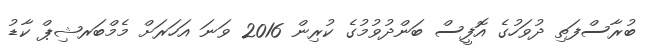
ބުރާސްފަތި ދުވަހުގެ އޮފީސް ބަންދުވުމުގެ ކުރިން 2016 ވަނަ އަހަރަށް މެމްބަރޝިޕް ކާޑު